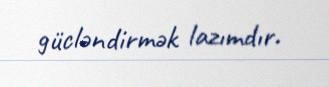
gücləndirmək lazımdır.